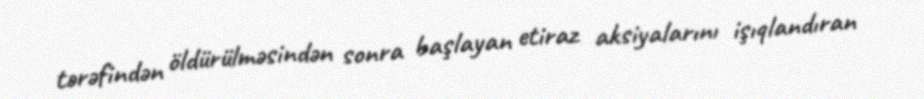
tərəfindən öldürülməsindən sonra başlayan etiraz aksiyalarını işıqlandıran